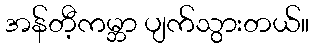
အန်တီ့ကမ္ဘာ ပျက်သွားတယ်။